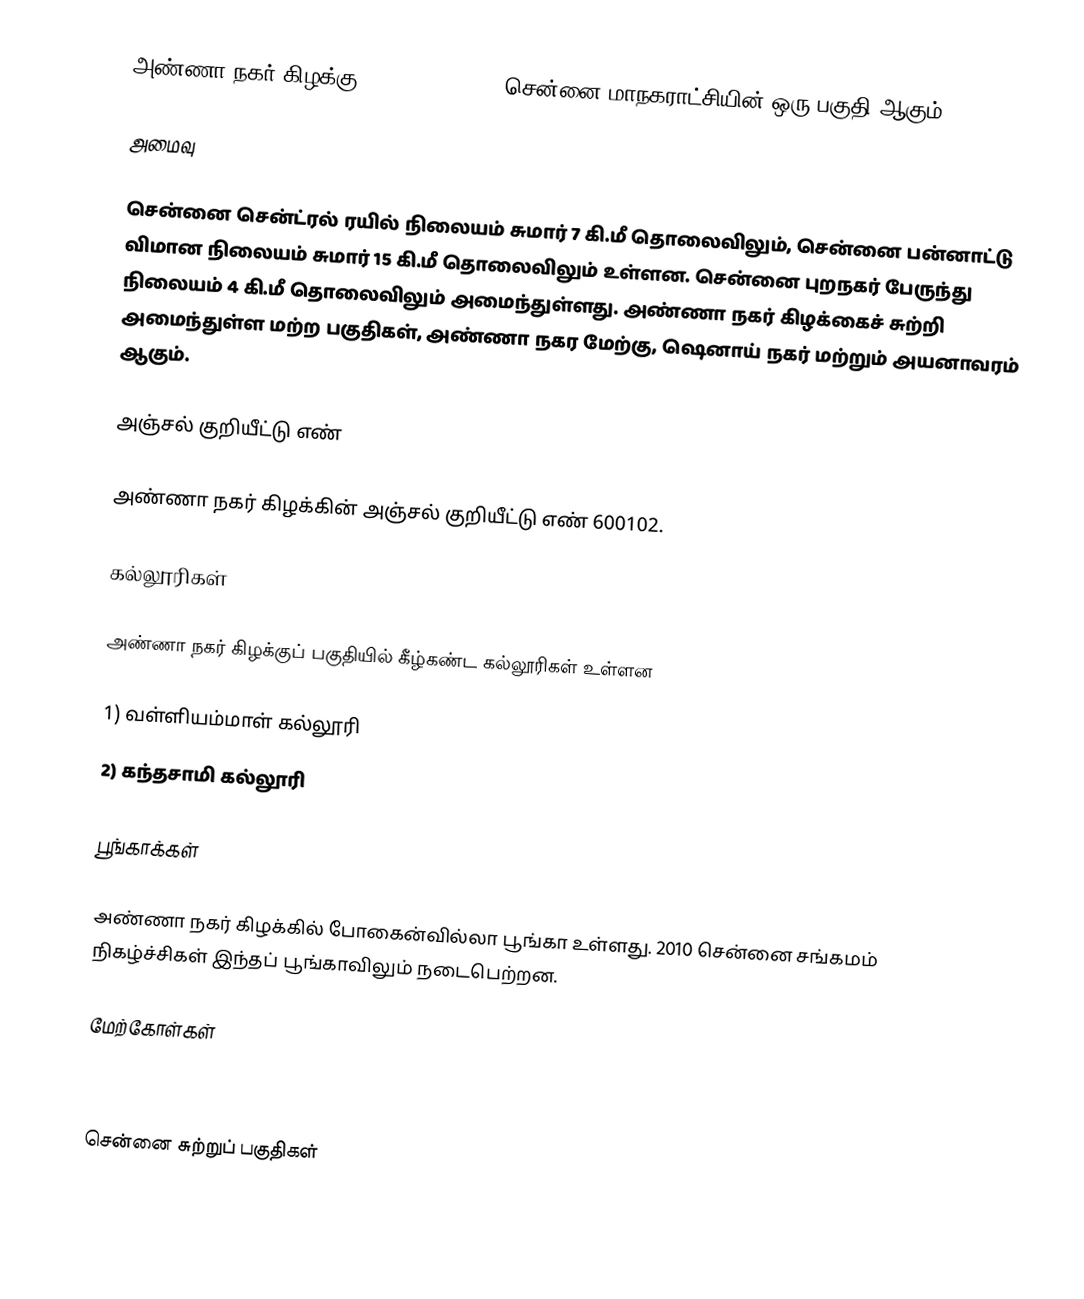
அண்ணா நகர் கிழக்கு (Annanagar East) சென்னை மாநகராட்சியின் ஒரு பகுதி ஆகும்.

அமைவு

சென்னை சென்ட்ரல் ரயில் நிலையம் சுமார் 7 கி.மீ தொலைவிலும், சென்னை பன்னாட்டு விமான நிலையம்  சுமார் 15 கி.மீ தொலைவிலும் உள்ளன. சென்னை புறநகர் பேருந்து நிலையம் 4 கி.மீ தொலைவிலும் அமைந்துள்ளது. அண்ணா நகர் கிழக்கைச் சுற்றி அமைந்துள்ள மற்ற பகுதிகள், அண்ணா நகர மேற்கு, ஷெனாய் நகர் மற்றும் அயனாவரம் ஆகும்.

அஞ்சல் குறியீட்டு எண்

அண்ணா நகர் கிழக்கின் அஞ்சல் குறியீட்டு எண் 600102.

கல்லூரிகள்

அண்ணா நகர் கிழக்குப் பகுதியில் கீழ்கண்ட கல்லூரிகள் உள்ளன

1) வள்ளியம்மாள் கல்லூரி
2) கந்தசாமி கல்லூரி

பூங்காக்கள்

அண்ணா நகர் கிழக்கில் போகைன்வில்லா பூங்கா உள்ளது. 2010 சென்னை சங்கமம் நிகழ்ச்சிகள் இந்தப் பூங்காவிலும் நடைபெற்றன.

மேற்கோள்கள்



சென்னை சுற்றுப் பகுதிகள்